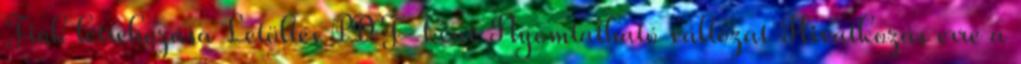
Fiók létrehozása Letöltés PDF-ként Nyomtatható változat Hivatkozás erre a